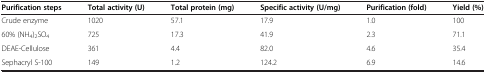
<table><thead><tr><td><b>Purification steps</b></td><td><b>Total activity (U)</b></td><td><b>Total protein (mg)</b></td><td><b>Specific activity (U/mg)</b></td><td><b>Purification (fold)</b></td><td><b>Yield (%)</b></td></tr></thead><tbody><tr><td>Crude enzyme</td><td>1020</td><td>57.1</td><td>17.9</td><td>1.0</td><td>100</td></tr><tr><td>60% (NH<sub>4</sub>)<sub>2</sub>SO<sub>4</sub></td><td>725</td><td>17.3</td><td>41.9</td><td>2.3</td><td>71.1</td></tr><tr><td>DEAE-Cellulose</td><td>361</td><td>4.4</td><td>82.0</td><td>4.6</td><td>35.4</td></tr><tr><td>Sephacryl S-100</td><td>149</td><td>1.2</td><td>124.2</td><td>6.9</td><td>14.6</td></tr></tbody></table>